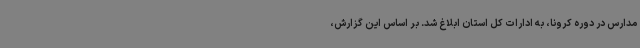
مدارس در دوره کرونا، به ادارات کل استان ابلاغ شد. بر اساس این گزارش،